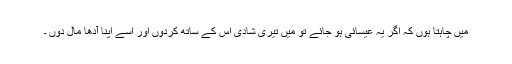
میں چاہتا ہوں کہ اگر یہ عیسائی ہو جائے تو میں تیری شادی اس کے ساتھ کردوں اور اسے اپنا آدھا مال دوں ۔